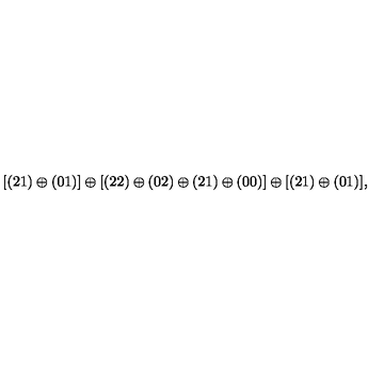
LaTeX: [ ( 2 1 ) \oplus ( 0 1 ) ] \oplus [ ( 2 2 ) \oplus ( 0 2 ) \oplus ( 2 1 ) \oplus ( 0 0 ) ] \oplus [ ( 2 1 ) \oplus ( 0 1 ) ] ,